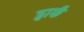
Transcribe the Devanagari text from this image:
ड्वार्फं